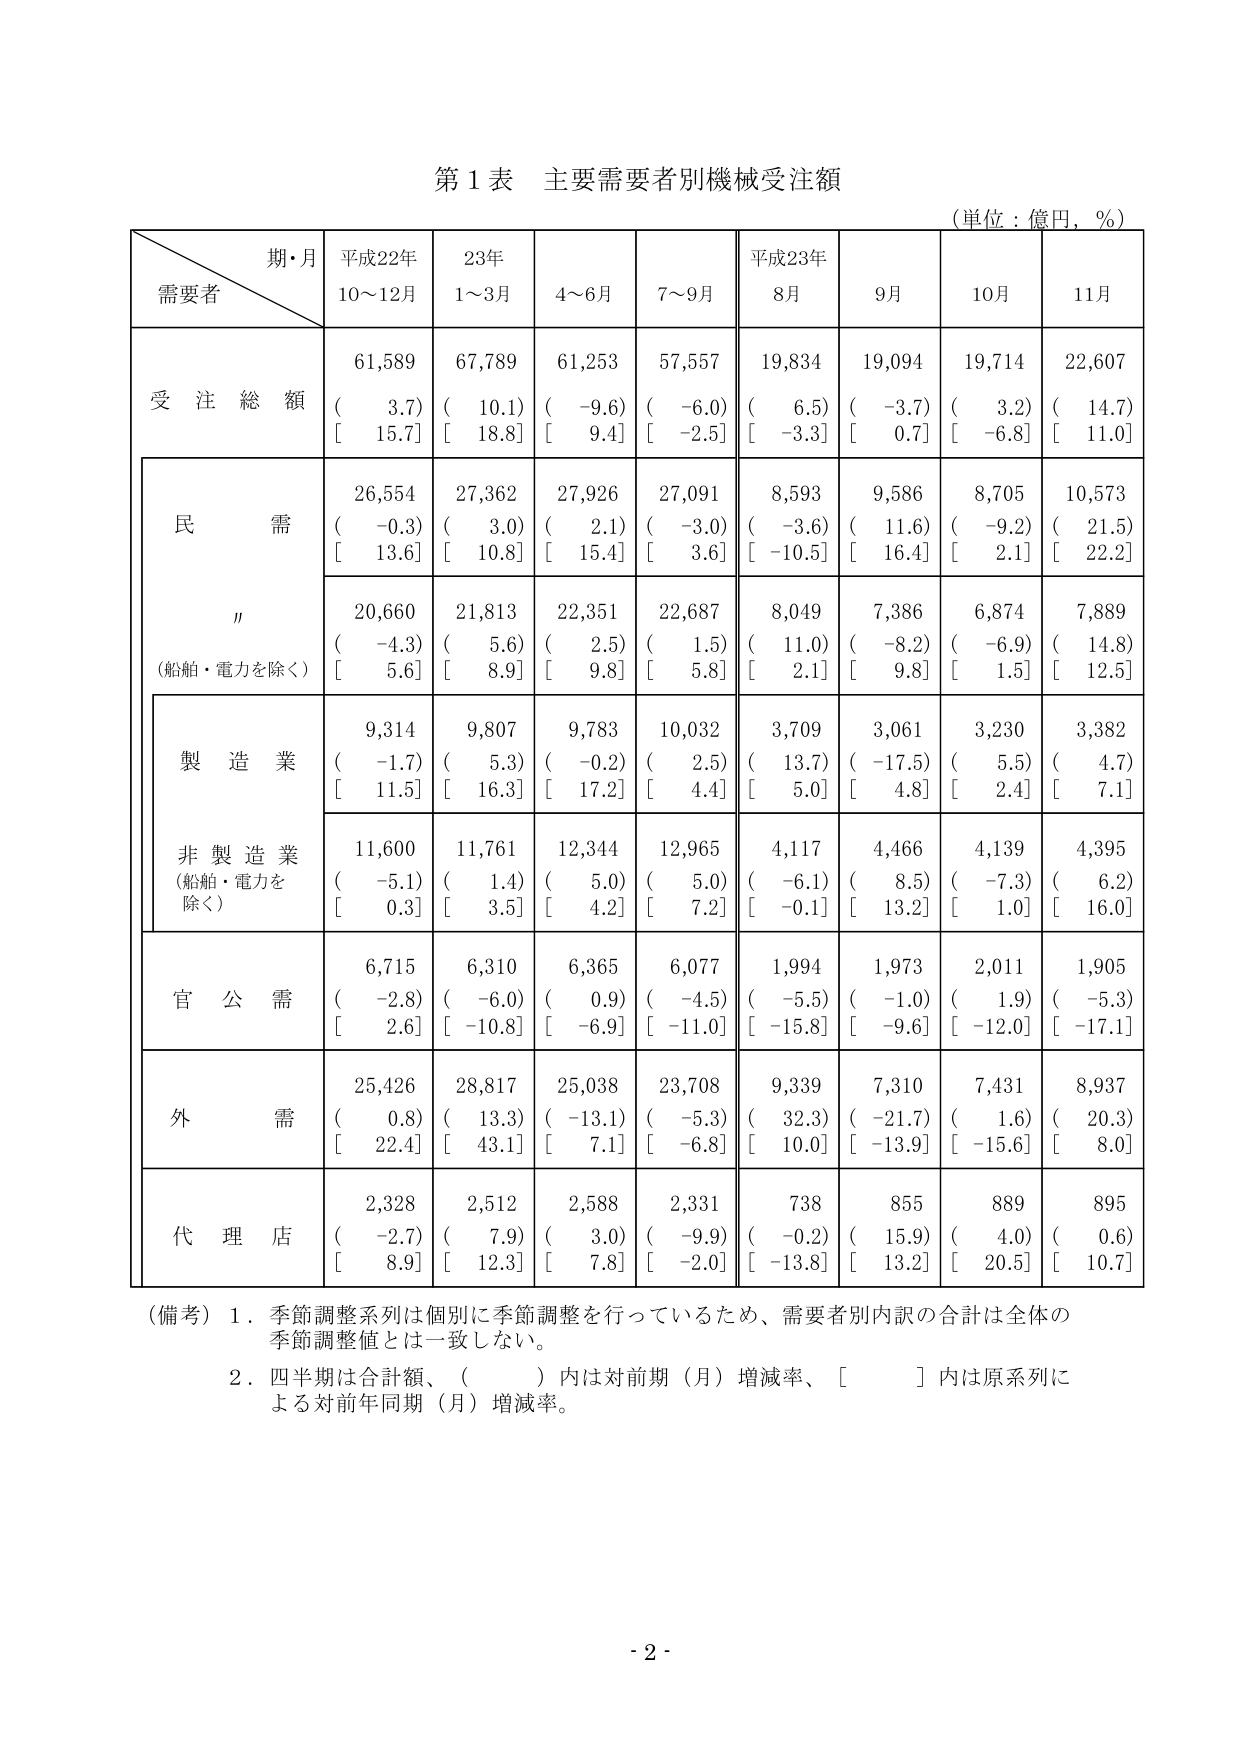
第１表 主要需要者別機械受注額
（単位：億円，％）

期・月
需要者
平成22年
10～12月
23年
1～3月
4～6月
7～9月
平成23年
8月
9月
10月
11月

受注総額
61,589
（　3.7）
［　15.7］
67,789
（　10.1）
［　18.8］
61,253
（　-9.6）
［　9.4］
57,557
（　-6.0）
［　-2.5］
19,834
（　6.5）
［　-3.3］
19,094
（　-3.7）
［　0.7］
19,714
（　3.2）
［　-6.8］
22,607
（　14.7）
［　11.0］

民需
26,554
（　-0.3）
［　13.6］
27,362
（　3.0）
［　10.8］
27,926
（　2.1）
［　15.4］
27,091
（　-3.0）
［　3.6］
8,593
（　-3.6）
［　-10.5］
9,586
（　11.6）
［　16.4］
8,705
（　-9.2）
［　2.1］
10,573
（　21.5）
［　22.2］

〃
（船舶・電力を除く）
20,660
（　-4.3）
［　5.6］
21,813
（　5.6）
［　8.9］
22,351
（　2.5）
［　9.8］
22,687
（　1.5）
［　5.8］
8,049
（　11.0）
［　2.1］
7,386
（　-8.2）
［　9.8］
6,874
（　-6.9）
［　1.5］
7,889
（　14.8）
［　12.5］

製造業
9,314
（　-1.7）
［　11.5］
9,807
（　5.3）
［　16.3］
9,783
（　-0.2）
［　17.2］
10,032
（　2.5）
［　4.4］
3,709
（　13.7）
［　5.0］
3,061
（　-17.5）
［　4.8］
3,230
（　5.5）
［　2.4］
3,382
（　4.7）
［　7.1］

非製造業
（船舶・電力を除く）
11,600
（　-5.1）
［　0.3］
11,761
（　1.4）
［　3.5］
12,344
（　5.0）
［　4.2］
12,965
（　5.0）
［　7.2］
4,117
（　-6.1）
［　-0.1］
4,466
（　8.5）
［　13.2］
4,139
（　-7.3）
［　1.0］
4,395
（　6.2）
［　16.0］

官公需
6,715
（　-2.8）
［　2.6］
6,310
（　-6.0）
［　-10.8］
6,365
（　0.9）
［　-6.9］
6,077
（　-4.5）
［　-11.0］
1,994
（　-5.5）
［　-15.8］
1,973
（　-1.0）
［　-9.6］
2,011
（　1.9）
［　-12.0］
1,905
（　-5.3）
［　-17.1］

外需
25,426
（　0.8）
［　22.4］
28,817
（　13.3）
［　43.1］
25,038
（　-13.1）
［　7.1］
23,708
（　-5.3）
［　-6.8］
9,339
（　32.3）
［　10.0］
7,310
（　-21.7）
［　-13.9］
7,431
（　1.6）
［　-15.6］
8,937
（　20.3）
［　8.0］

代理店
2,328
（　-2.7）
［　8.9］
2,512
（　7.9）
［　12.3］
2,588
（　3.0）
［　7.8］
2,331
（　-9.9）
［　-2.0］
738
（　-0.2）
［　-13.8］
855
（　15.9）
［　13.2］
889
（　4.0）
［　20.5］
895
（　0.6）
［　10.7］

（備考）１．季節調整系列は個別に季節調整を行っているため、需要者別内訳の合計は全体の季節調整値とは一致しない。
　　　２．四半期は合計額、（　　）内は対前期（月）増減率、［　　］内は原系列による対前年同期（月）増減率。

- 2 -